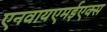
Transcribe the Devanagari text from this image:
एनवायएमईएक्स